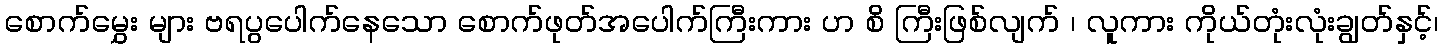
စောက်မွှေး များ ဗရပွပေါက်နေသော စောက်ဖုတ်အပေါက်ကြီးကား ဟ စိ ကြီးဖြစ်လျက် ၊ လူကား ကိုယ်တုံးလုံးချွတ်နှင့်၊